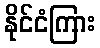
နိုင်ငံကြား